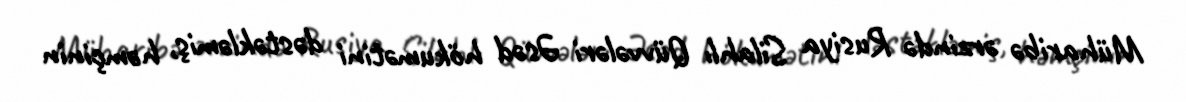
Müharibə ərzində Rusiya Silahlı Qüvvələri Əsəd hökumətini dəstəkləmiş, həmçinin